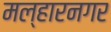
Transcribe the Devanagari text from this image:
मल्हारनगर